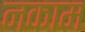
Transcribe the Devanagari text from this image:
नकाम